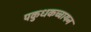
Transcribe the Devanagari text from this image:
पकुधकच्चायन